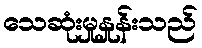
သေဆုံးမှုနှုန်းသည်